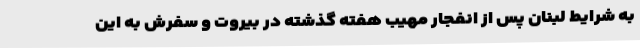
به شرایط لبنان پس از انفجار مهیب هفته گذشته در بیروت و سفرش به این